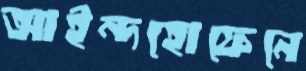
আইন্দহোফেনে